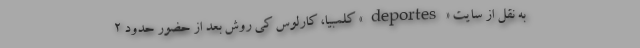
به نقل از سایت «deportes» کلمبیا، کارلوس کی روش بعد از حضور حدود 2